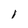
Character: 1